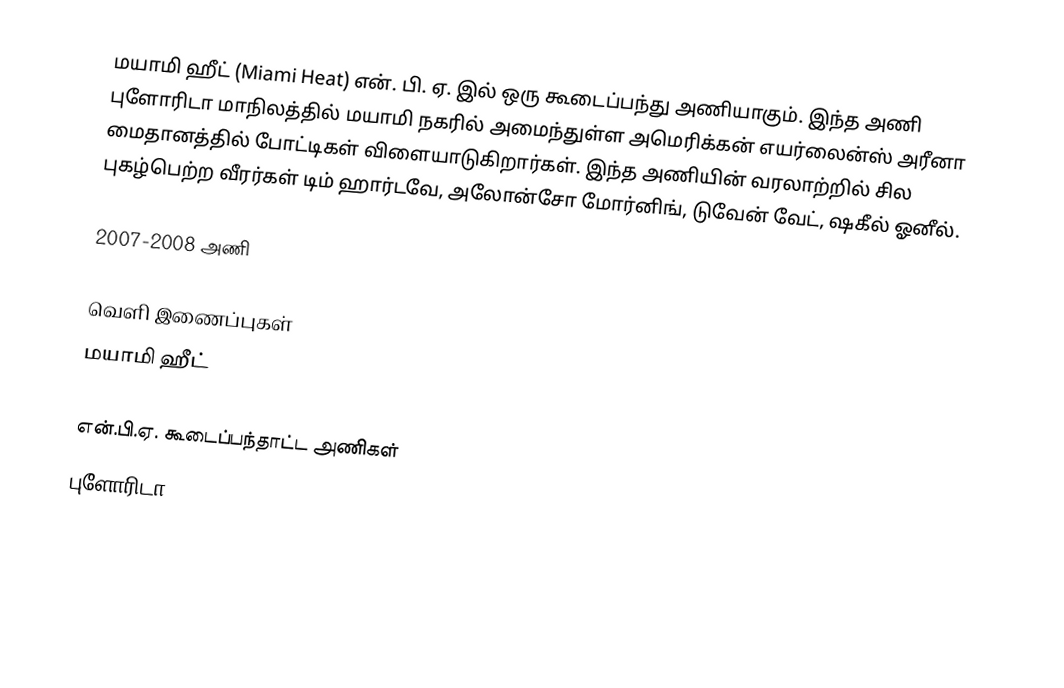
மயாமி ஹீட் (Miami Heat) என். பி. ஏ. இல் ஒரு கூடைப்பந்து அணியாகும். இந்த அணி புளோரிடா மாநிலத்தில் மயாமி நகரில் அமைந்துள்ள  அமெரிக்கன் எயர்லைன்ஸ் அரீனா மைதானத்தில் போட்டிகள் விளையாடுகிறார்கள். இந்த அணியின் வரலாற்றில் சில புகழ்பெற்ற வீரர்கள் டிம் ஹார்டவே, அலோன்சோ மோர்னிங், டுவேன் வேட், ஷகீல் ஓனீல்.

2007-2008 அணி

வெளி இணைப்புகள்
 மயாமி ஹீட்

என்.பி.ஏ. கூடைப்பந்தாட்ட அணிகள்
புளோரிடா